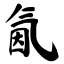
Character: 氤